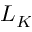
L _ { K }